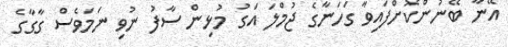
އޭނާ ބޭނުންކޮށްފައިވާ ގަހަނާގެ ޖުމްލަ އަގު މުޅިން ސާފު ނުވި ނަމަވެސް ގާގާގެ